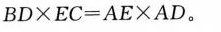
$$B D \times E C = A E \times A D$$。